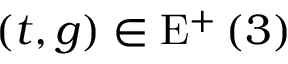
\left( t , g \right) \in \mathrm { E } ^ { + } \left( 3 \right)